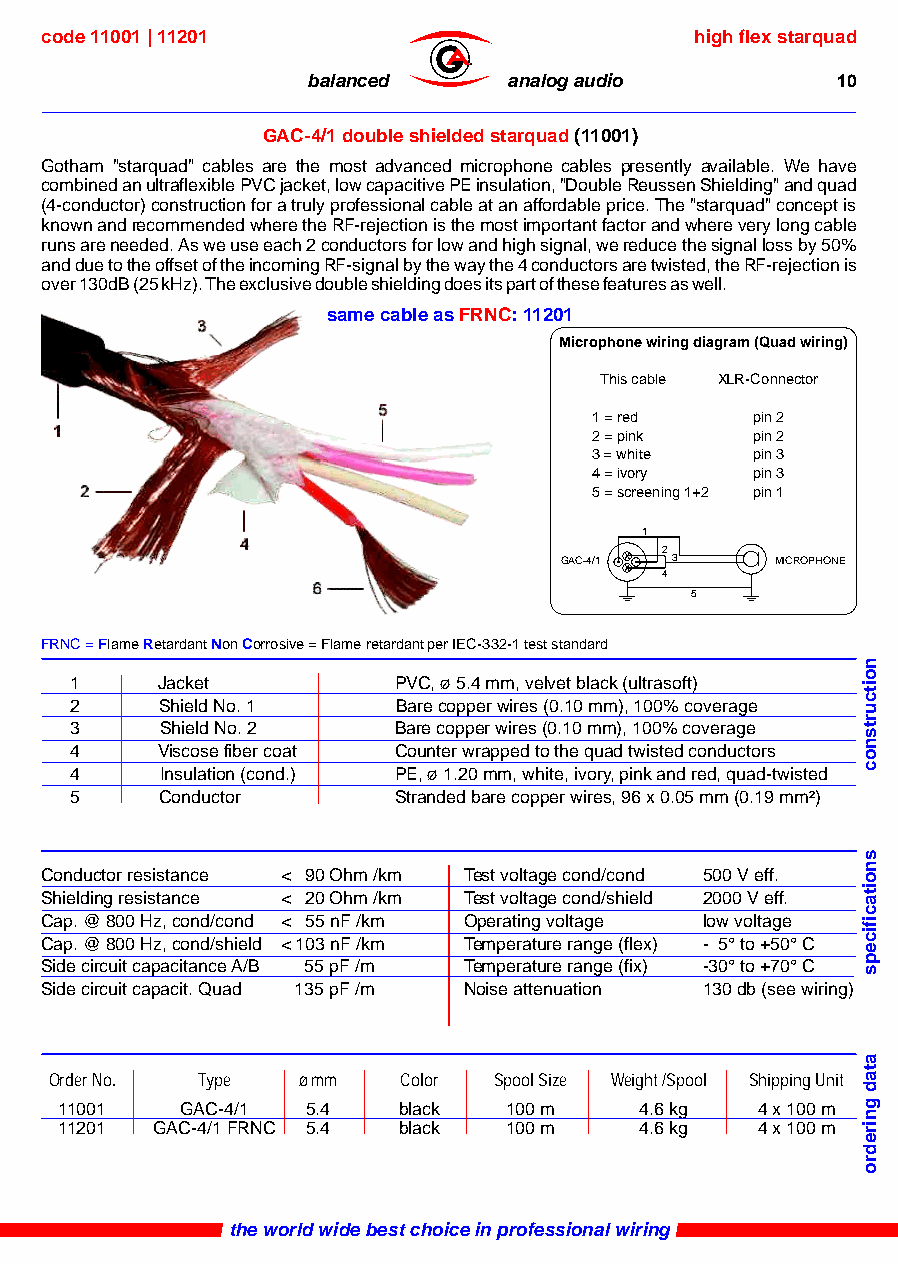
code 11001 | 11201                         high flex starquad
 ®
 balanced      analog audio         10
 GAC-4/1 double shielded starquad (11001)
 Gotham "starquad" cables are the most advanced microphone cables presently available. We have
 combined an ultraflexible PVC jacket, low capacitive PE insulation, "Double Reussen Shielding" and quad
 (4-conductor) construction for a truly professional cable at an affordable price. The "starquad" concept is
 known and recommended where the RF-rejection is the most important factor and where very long cable
 runs are needed. As we use each 2 conductors for low and high signal, we reduce the signal loss by 50%
 and due to the offset of the incoming RF-signal by the way the 4 conductors are twisted, the RF-rejection is
 over 130dB (25 kHz). The exclusive double shielding does its part of these features as well.
 same cable as FRNC: 11201
 Microphone wiring diagram (Quad wiring)
 This cable XLR-Connector
 1 = red    pin 2
 2 = pink   pin 2
 3 = white  pin 3
 4 = ivory  pin 3
 5 = screening 1+2 pin 1
 1
 2
 GAC-4/1 3     MICROPHONE
 4
 5
 FRNC = Flame Retardant Non Corrosive = Flame retardant per IEC-332-1 test standard
 1    Jacket          PVC, ø 5.4 mm, velvet black (ultrasoft)
 2     Shield No. 1   Bare copper wires (0.10 mm), 100% coverage
 3     Shield No. 2   Bare copper wires (0.10 mm), 100% coverage
 4    Viscose fiber coat Counter wrapped to the quad twisted conductors
 4     Insulation (cond.) PE, ø 1.20 mm, white, ivory, pink and red, quad-twisted
 5     Conductor      Stranded bare copper wires, 96 x 0.05 mm (0.19 mm²)
 Conductor resistance < 90 Ohm /km Test voltage cond/cond 500 V eff.
 Shielding resistance < 20 Ohm /km Test voltage cond/shield 2000 V eff.
 Cap. @ 800 Hz, cond/cond < 55 nF /km Operating voltage low voltage
 Cap. @ 800 Hz, cond/shield < 103 nF /km Temperature range (flex) - 5° to +50° C
 Side circuit capacitance A/B 55 pF /m Temperature range (fix) -30° to +70° C
 Side circuit capacit. Quad 135 pF /m Noise attenuation 130 db (see wiring)
 Order No. Type   ø mm  Color  Spool Size Weight /Spool Shipping Unit
 11001   GAC-4/1 5.4   black  100 m    4.6 kg  4 x 100 m
 11201 GAC-4/1 FRNC 5.4 black 100 m    4.6 kg  4 x 100 m
 the world wide best choice in professional wiring
 noitcurtsnoc
 snoitacificeps
 atad
 gniredro